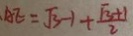
A E = \sqrt { 3 } - 1 + \frac { \sqrt { 3 } + 1 } { 2 }